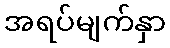
အရပ်မျက်နှာ